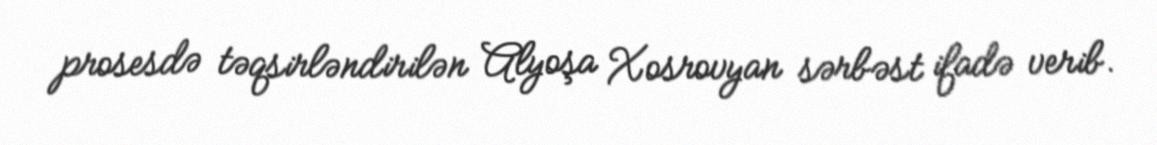
prosesdə təqsirləndirilən Alyoşa Xosrovyan sərbəst ifadə verib.